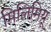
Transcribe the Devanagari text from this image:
मिलिमियू